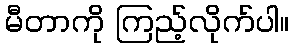
မီတာကို ကြည့်လိုက်ပါ။